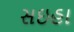
સઇહા